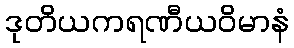
ဒုတိယကရဏီယဝိမာနံ